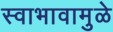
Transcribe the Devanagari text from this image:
स्वाभावामुळे